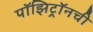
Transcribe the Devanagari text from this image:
पॉझिट्रॉनची